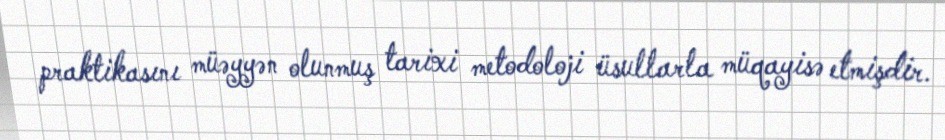
praktikasını müəyyən olunmuş tarixi metodoloji üsullarla müqayisə etmişdir.